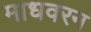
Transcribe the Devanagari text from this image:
माधवरन